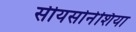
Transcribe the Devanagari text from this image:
सीयसोनेशिया